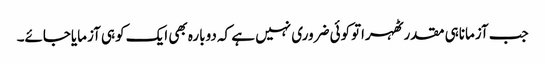
جب آزماناہی مقدرٹھہراتوکوئی ضروری نہیں ہے کہ دوبارہ بھی ایک کوہی آزمایاجائے۔